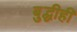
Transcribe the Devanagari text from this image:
बुद्धीही